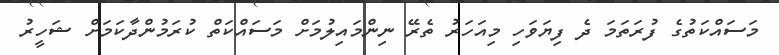
މަސައްކަތުގެ ފުރަތަމަ ދެ ފިޔަވަހި މިއަހަރު ތެރޭ ނިންމައިލުމަށް މަސައްކަތް ކުރަމުންދާކަމަށް ޝަހީރު